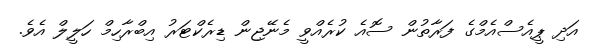
އަދި ޕީއެސްއެމްގެ ފަރާތުން ސޮއެ ކުރެއްވީ މެނޭޖިން ޑިރެކްޓަރު އިބްރާހިމް ހަލީލް އެވެ.